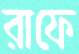
রাফে